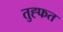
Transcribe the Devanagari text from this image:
तुह्फत